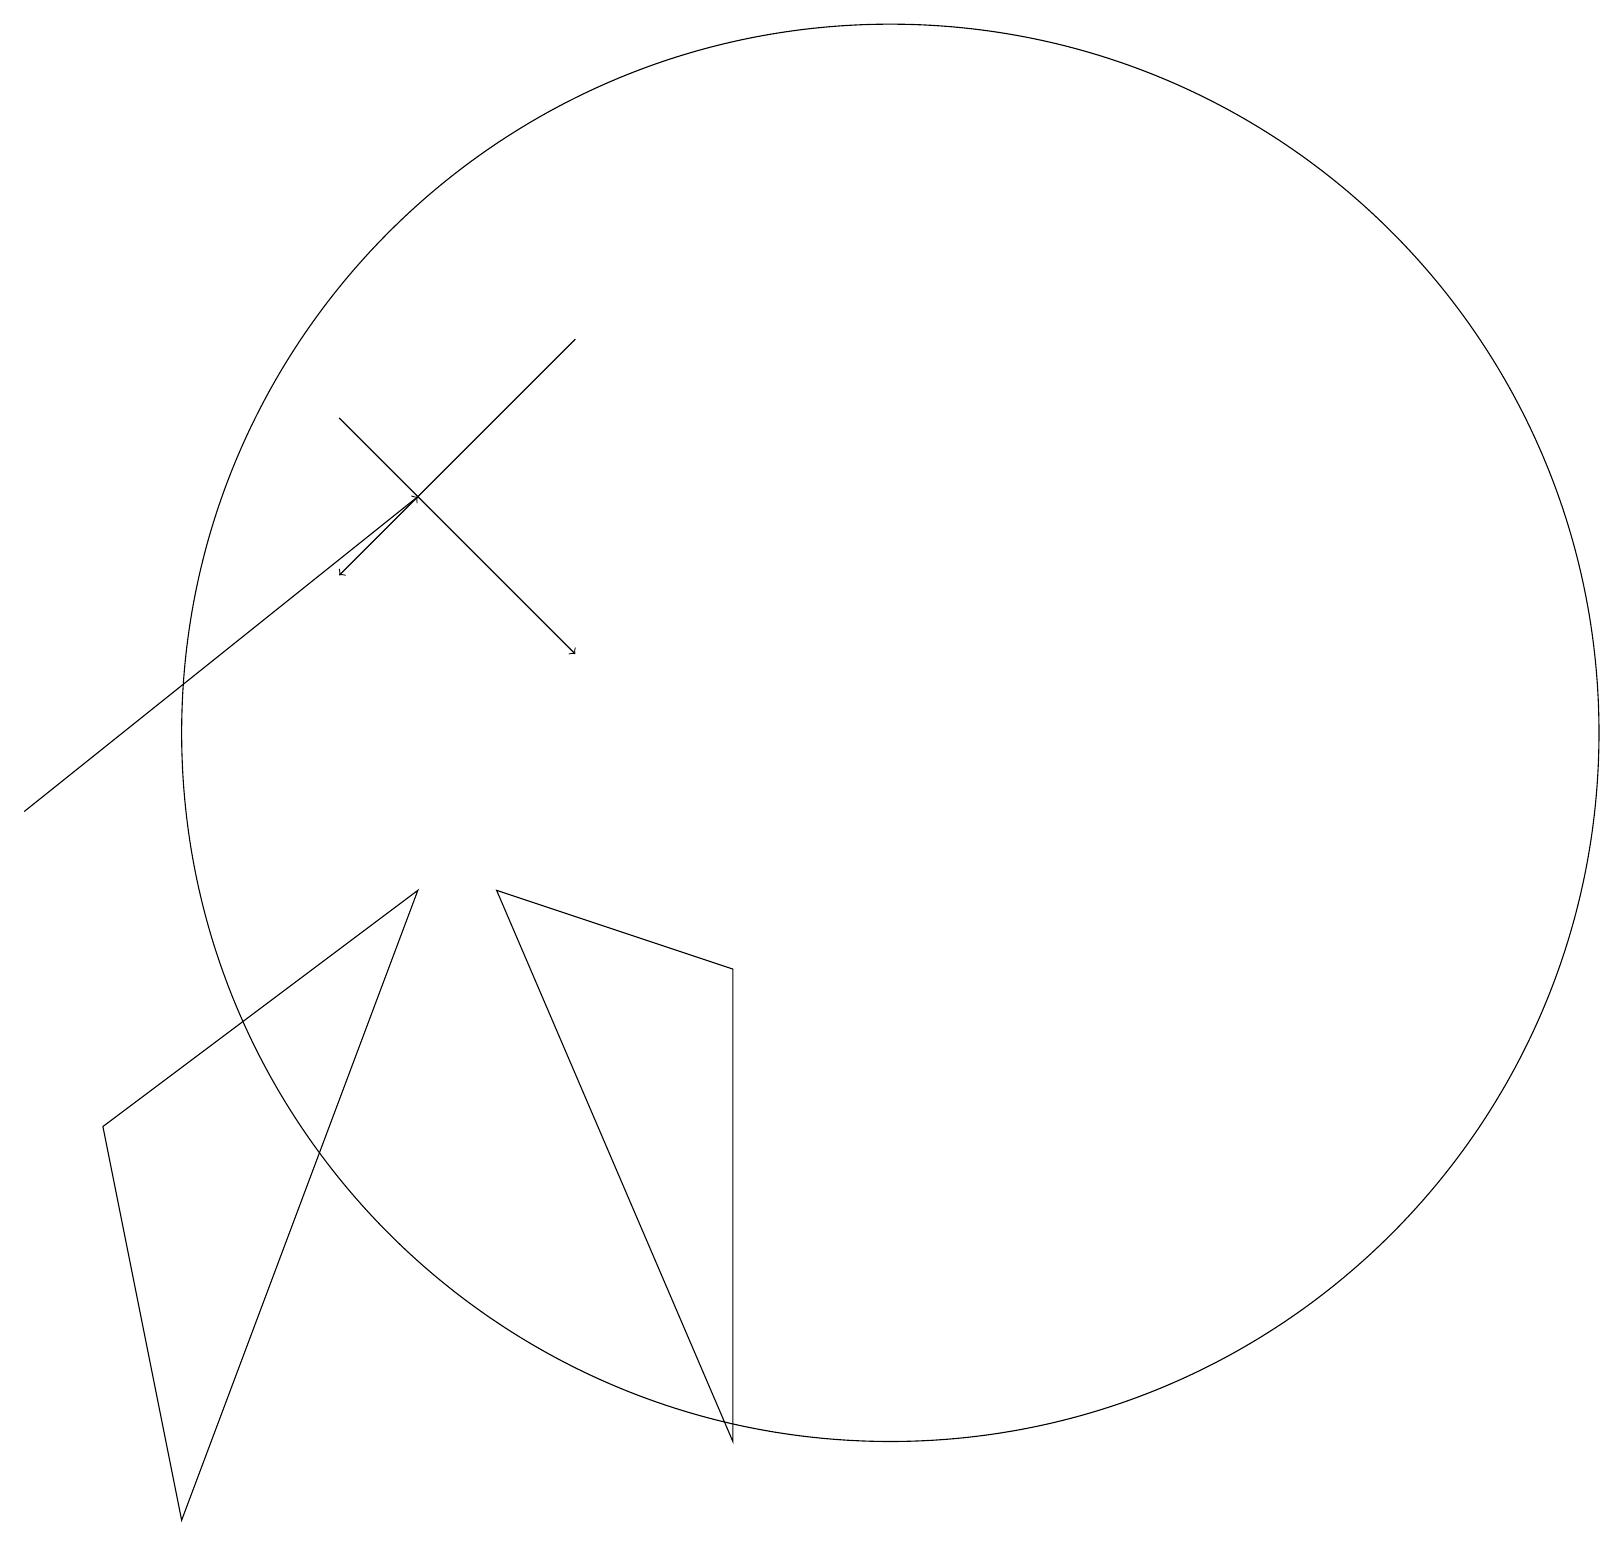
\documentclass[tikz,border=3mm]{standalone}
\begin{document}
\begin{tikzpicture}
\draw (11,11) circle (9);
\draw[->] (0,10) -- (5,14);
\draw (5,9) -- (2,1) -- (1,6) -- cycle;
\draw[->] (4,15) -- (7,12);
\draw[->] (7,16) -- (4,13);
\draw (9,8) -- (9,2) -- (6,9) -- cycle;
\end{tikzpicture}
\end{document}